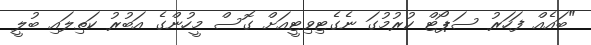
"ބައެއް ފަހަރު ސަޕޯޓް ކުރުމުގަ ނެގެޓިވިޓީއަށް ގޮސް މީހުންގެ އަބުރު ކަތިލައި ބުލީ